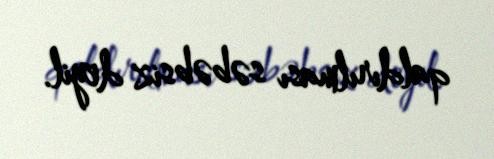
qaldırılması səbəbsiz deyil.